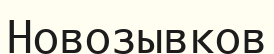
Новозывков